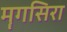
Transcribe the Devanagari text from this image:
मॄगसिरा